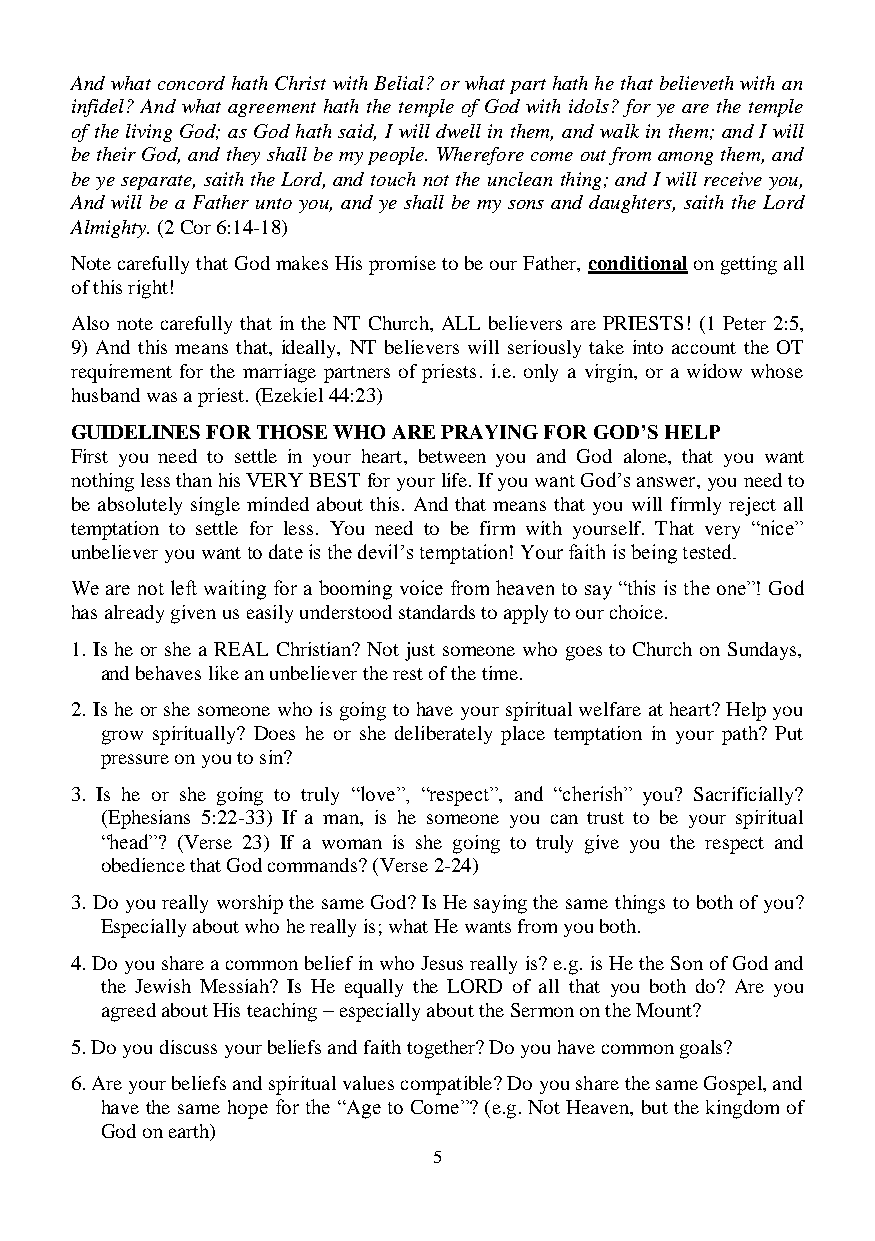
And what concord hath Christ with Belial? or what part hath he that believeth with an
 infidel? And what agreement hath the temple of God with idols? for ye are the temple
 of the living God; as God hath said, I will dwell in them, and walk in them; and I will
 be their God, and they shall be my people. Wherefore come out from among them, and
 be ye separate, saith the Lord, and touch not the unclean thing; and I will receive you,
 And will be a Father unto you, and ye shall be my sons and daughters, saith the Lord
 Almighty. (2 Cor 6:14-18)
 Note carefully that God makes His promise to be our Father, conditional on getting all
 of this right!
 Also note carefully that in the NT Church, ALL believers are PRIESTS! (1 Peter 2:5,
 9) And this means that, ideally, NT believers will seriously take into account the OT
 requirement for the marriage partners of priests. i.e. only a virgin, or a widow whose
 husband was a priest. (Ezekiel 44:23)
 GUIDELINES FOR THOSE WHO ARE PRAYING FOR GOD’S HELP
 First you need to settle in your heart, between you and God alone, that you want
 nothing less than his VERY BEST for your life. If you want God’s answer, you need to
 be absolutely single minded about this. And that means that you will firmly reject all
 temptation to settle for less. You need to be firm with yourself. That very “nice”
 unbeliever you want to date is the devil’s temptation! Your faith is being tested.
 We are not left waiting for a booming voice from heaven to say “this is the one”! God
 has already given us easily understood standards to apply to our choice.
 1. Is he or she a REAL Christian? Not just someone who goes to Church on Sundays,
 and behaves like an unbeliever the rest of the time.
 2. Is he or she someone who is going to have your spiritual welfare at heart? Help you
 grow spiritually? Does he or she deliberately place temptation in your path? Put
 pressure on you to sin?
 3. Is he or she going to truly “love”, “respect”, and “cherish” you? Sacrificially?
 (Ephesians 5:22-33) If a man, is he someone you can trust to be your spiritual
 “head”? (Verse 23) If a woman is she going to truly give you the respect and
 obedience that God commands? (Verse 2-24)
 3. Do you really worship the same God? Is He saying the same things to both of you?
 Especially about who he really is; what He wants from you both.
 4. Do you share a common belief in who Jesus really is? e.g. is He the Son of God and
 the Jewish Messiah? Is He equally the LORD of all that you both do? Are you
 agreed about His teaching – especially about the Sermon on the Mount?
 5. Do you discuss your beliefs and faith together? Do you have common goals?
 6. Are your beliefs and spiritual values compatible? Do you share the same Gospel, and
 have the same hope for the “Age to Come”? (e.g. Not Heaven, but the kingdom of
 God on earth)
 5